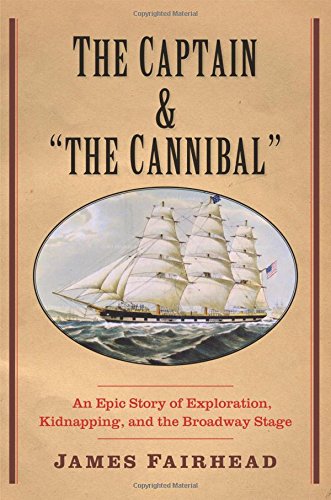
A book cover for The Captain and "the Cannibal": An Epic Story of Exploration, Kidnapping, and the Broadway Stage (New Directions in Narrative History); James Fairhead; Travel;